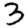
Digit: 3